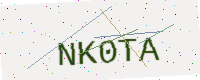
Text: NK0TA